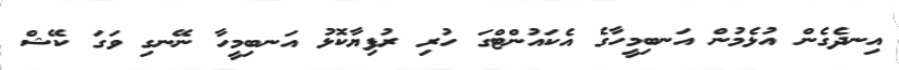
އިނދެގެން އުޅެމުން އަނބިމީހާގެ އެކައުންޓްގަ ހުރި ރުފިޔާކޮޅު އަނބިމީހާ ނޭނގި ވަގަ ކޭޝް